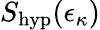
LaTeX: S_{\mathrm{hyp}}(\epsilon_{\kappa})